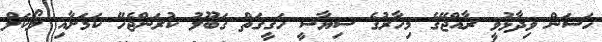
ހަސަން ވިދާޅުވީ ރާއްޖޭގެ މިހާރުގެ ސިޔާސީ ހަގީގަތް ގަބޫލު ކުރަންޖެހޭ ކަމަށާއި ލޯކަލް